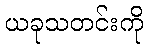
ယခုသတင်းကို